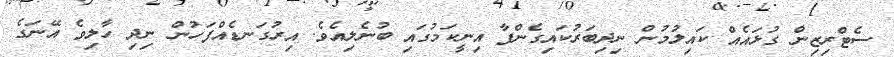
ސެޓްރިޒިން ގުޅައެއް ކައިލުމުން ނިދިބަރުކައިގެންފާ އިނީކަމުގައި ބުނެލިއެވެ. އިރުގަނޑެއްފަހުން ނިދި ހާލިވެ އޭނަގެ